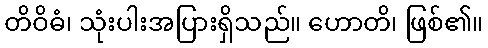
တိဝိဓံ၊ သုံးပါးအပြားရှိသည်။ ဟောတိ၊ ဖြစ်၏။